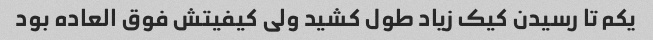
یکم تا رسیدن کیک زیاد طول کشید ولی کیفیتش فوق العاده بود